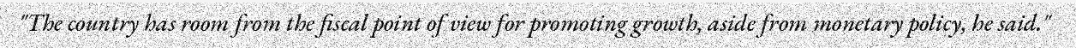
"The country has room from the fiscal point of view for promoting growth, aside from monetary policy, he said."